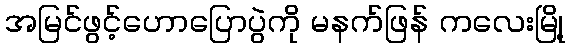
အမြင်ဖွင့်ဟောပြောပွဲကို မနက်ဖြန် ကလေးမြို့